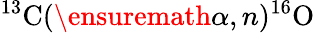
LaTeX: ^{13}\mathrm{C}(\ensuremath{\alpha},n)^{16}\mathrm{O}